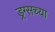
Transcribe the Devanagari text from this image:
ड्रग्सच्या